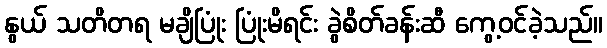
နွယ် သတိတရ မချိပြုံး ပြုံးမိရင်း ခွဲစိတ်ခန်းဆီ ကွေ့ဝင်ခဲ့သည်။